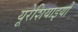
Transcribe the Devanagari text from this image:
यूरेशियाइयों